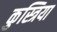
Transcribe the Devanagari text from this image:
कुस्त्रिया